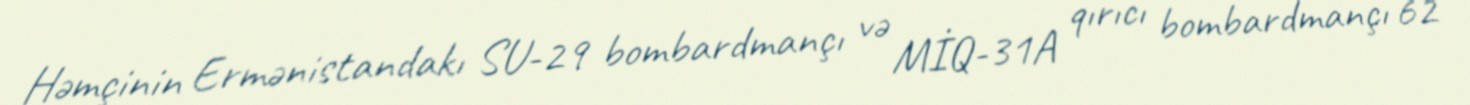
Həmçinin Ermənistandakı SU-29 bombardmançı və MİQ-31A qırıcı bombardmançı 62